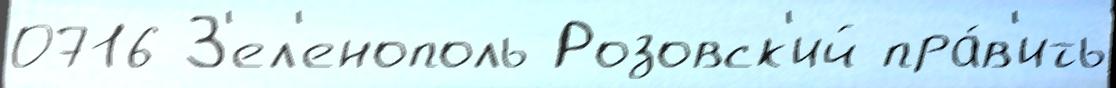
0716 З'ел'енополь Розовск'ий пра́в'ить